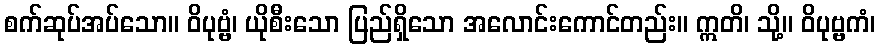
စက်ဆုပ်အပ်သော။ ဝိပုဗ္ဗံ၊ ယိုစီးသော ပြည်ရှိသော အလောင်းကောင်တည်း။ ဣတိ၊ သို့။ ဝိပုဗ္ဗကံ၊